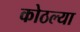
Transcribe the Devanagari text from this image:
कोठल्या